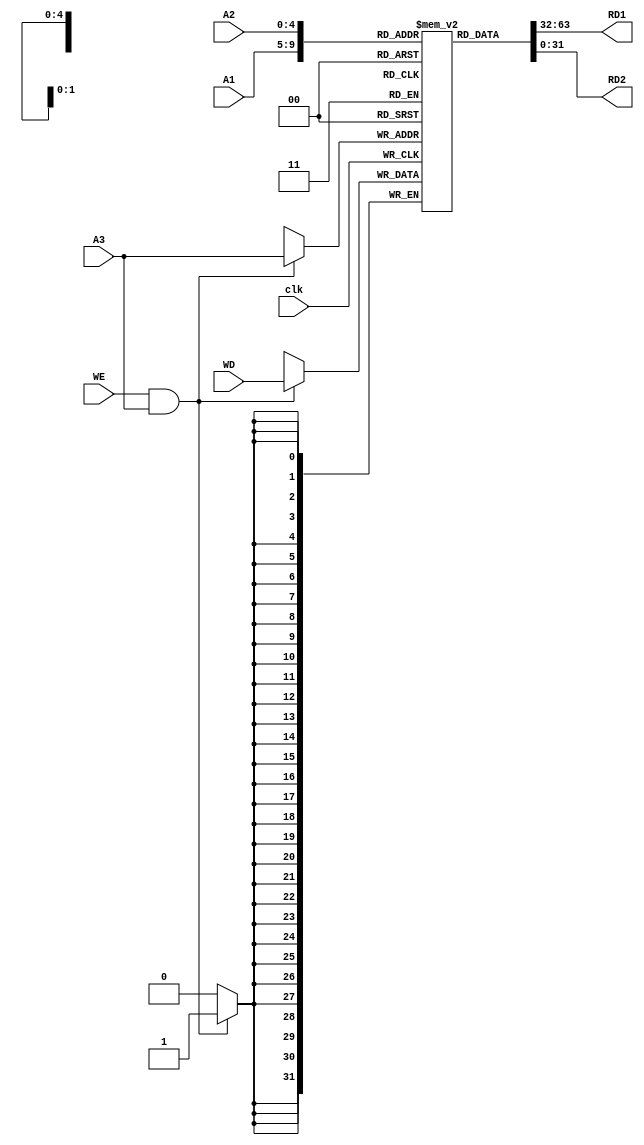
module top_module (
    input  wire        clk,
    input  wire [ 4:0] A1,
    input  wire [ 4:0] A2,
    input  wire [ 4:0] A3,
    input  wire [31:0] WD,
    input  wire        WE,
    output wire [31:0] RD1,
    output wire [31:0] RD2
);
    reg [31:0] reg_file [31:0];

    //
    integer i;
    initial begin
        for(i = 0; i < 32; i = i + 1)
            reg_file[i] = 0;
    end

    //
    always @(posedge clk) begin
        if (WE && A3) begin     //  0  x0 
            reg_file[A3] <= WD;
        end
    end

    //
    assign RD1 = reg_file[A1];
    assign RD2 = reg_file[A2];
endmodule